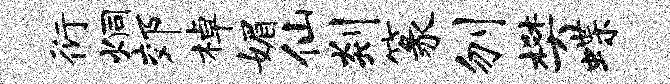
衍炯郊棹媚仙剡篆刎樊蝶